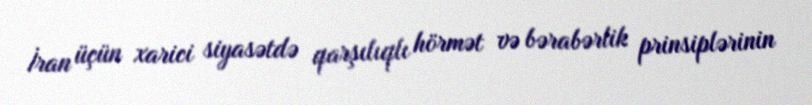
İran üçün xarici siyasətdə qarşılıqlı hörmət və bərabərlik prinsiplərinin